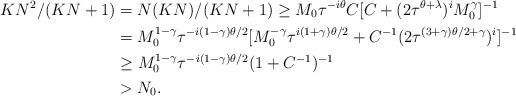
LaTeX: \begin{align*}KN^2/(KN+1)&=N(KN)/(KN+1)\geq M_0\tau^{-i\theta}C[C+(2\tau^{\theta+\lambda})^iM_0^{\gamma}]^{-1}\\&=M_0^{1-\gamma}\tau^{-i(1-\gamma)\theta/2}[M_0^{-\gamma}\tau^{i(1+\gamma)\theta/2}+C^{-1}(2\tau^{(3+\gamma)\theta/2+\gamma})^i]^{-1}\\&\geq M_0^{1-\gamma}\tau^{-i(1-\gamma)\theta/2}(1+C^{-1})^{-1}\\&>N_0.\end{align*}